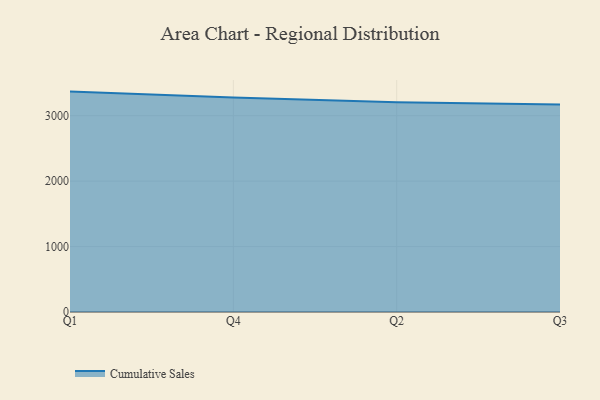
{"axis": {"x": "Quarter", "y": "Operating Costs (USD K)"}, "legend": ["Cumulative Sales"], "data": [{"x": "Q1", "y": 3368.3, "type": "Cumulative Sales"}, {"x": "Q4", "y": 3278.8, "type": "Cumulative Sales"}, {"x": "Q2", "y": 3204.2, "type": "Cumulative Sales"}, {"x": "Q3", "y": 3172.2, "type": "Cumulative Sales"}]}